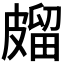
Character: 𭽱